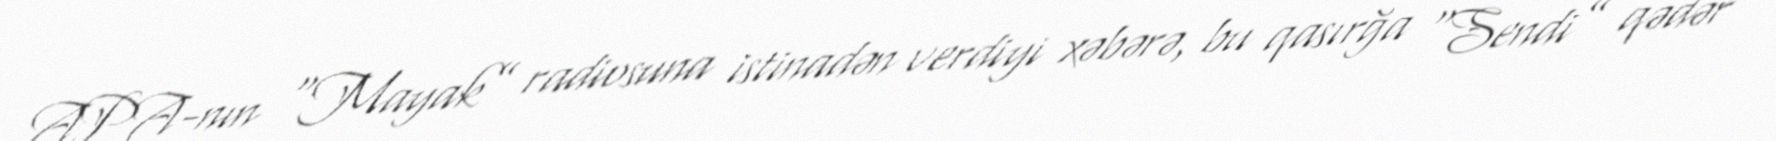
APA-nın “Mayak” radiosuna istinadən verdiyi xəbərə, bu qasırğa “Sendi” qədər